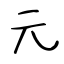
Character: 元